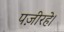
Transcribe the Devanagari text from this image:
पज़ीरहे।